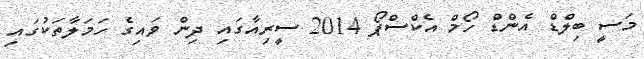
މަސީ ބިލްޑް އެންޑް ހޯމް އެކްސްޕޯ 2014 ސީރިއާގައި ދިން ވައިގެ ހަމަލާތަކުގައި